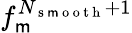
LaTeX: f_{\mathsf{m}}^{N_{\mathrm{{~s~\mathsf{m}~o~o~t~h~}}}+1}